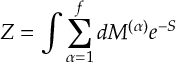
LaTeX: Z = \int \sum _ { \alpha = 1 } ^ { f } d M ^ { ( \alpha ) } e ^ { - S }